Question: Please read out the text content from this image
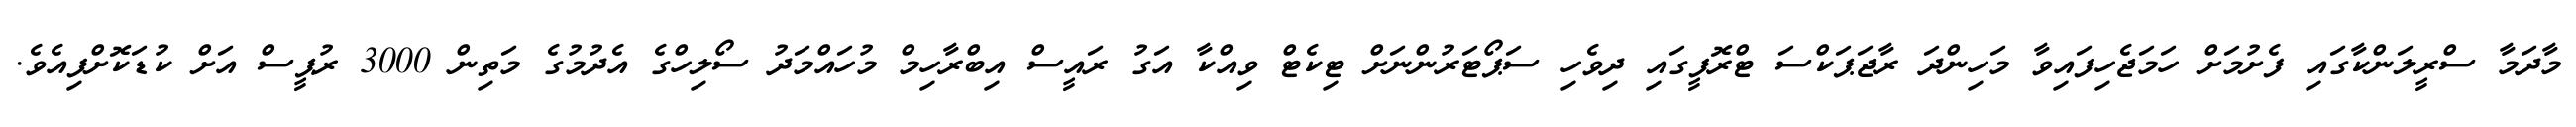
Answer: މާދަމާ ސްރީލަންކާގައި ފެށުމަށް ހަމަޖެހިފައިވާ މަހިންދަ ރާޖަޕަކްސަ ޓްރޮފީގައި ދިވެހި ސަޕޯޓަރުންނަށް ޓިކެޓް ވިއްކާ އަގު ރައީސް އިބްރާހިމް މުހައްމަދު ސޯލިހްގެ އެދުމުގެ މަތިން 3000 ރުޕީސް އަށް ކުޑަކޮށްފިއެވެ.